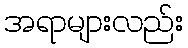
အရာများလည်း